Source: Handwritten
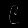
Digit: ၉ (9)